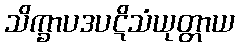
သိက္ခာပဒပဋိသံယုတ္တာယ